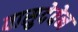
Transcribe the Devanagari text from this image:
वासुदेवेन